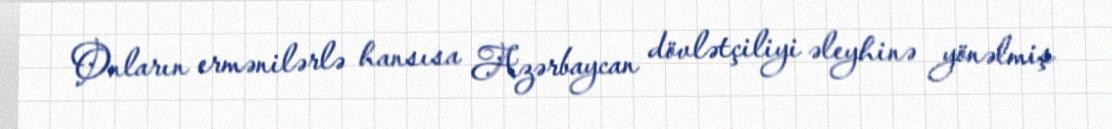
Onların ermənilərlə hansısa Azərbaycan dövlətçiliyi əleyhinə yönəlmiş